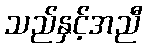
သည်နှင့်အညီ